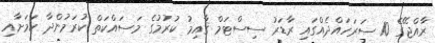
ރާއްޖޭގެ 10 ސަރަހައްދެއްގައި ރާޑަރު ސިސްޓަމް ޤާއިމު ކުރުމުގެ މަސައްކަތް ކުރަމުންދާ ކަމަށާއި